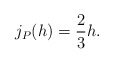
\begin{align*} \begin{aligned}j_P(h)=\frac{2}{3}h. \end{aligned} \end{align*}